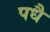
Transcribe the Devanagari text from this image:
पधै